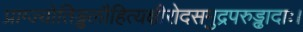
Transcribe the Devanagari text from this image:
प्राग्ज्योतिड्ढलौहित्यक्षीरोदसमुद्रपरुड्ढादाः।